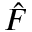
\hat { F }